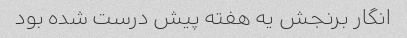
انگار برنجش یه هفته پیش درست شده بود